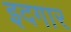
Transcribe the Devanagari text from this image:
इदगार